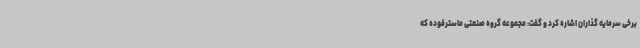
برخی سرمایه گذاران اشاره کرد و گفت: مجموعه گروه صنعتی ماسترفوده که